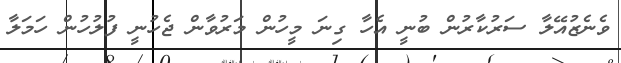
ވެނެޒުއޭލާ ސަރުކާރުން ބުނީ އެހާ ގިނަ މީހުން މަރުވާން ޖެހުނީ ފުލުހުން ހަމަލާ